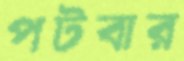
পটবার